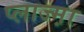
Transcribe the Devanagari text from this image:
प्लाज्म़ा